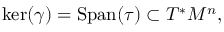
\ker ( \gamma ) = \mathrm { S p a n } ( \tau ) \subset T ^ { * } M ^ { n } ,